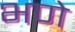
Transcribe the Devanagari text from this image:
भणे